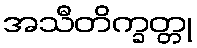
အသီတိက္ခတ္တု